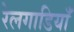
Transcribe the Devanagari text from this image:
रेलगाडियाँ